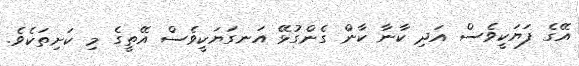
އޭގެ ފަޔަކީވެސް އަދި ކާނާ ކާން ގެންގުޅޭ އަނގަޔަކީވެސް އޭތީގެ މި ކަށިތަކެވެ.